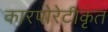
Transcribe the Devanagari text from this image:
कारपोरेटीकृत